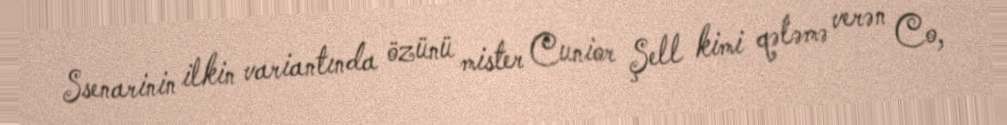
Ssenarinin ilkin variantında özünü mister Cunior Şell kimi qələmə verən Co,